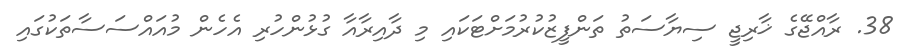
38. ރާއްޖޭގެ ޚާރިޖީ ސިޔާސަތު ތަންފީޒުކުރުމަށްޓަކައި މި ދާއިރާއާ ގުޅުންހުރި އެހެން މުއައްސަސާތަކުގައި